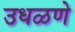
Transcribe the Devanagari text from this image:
उधळणे